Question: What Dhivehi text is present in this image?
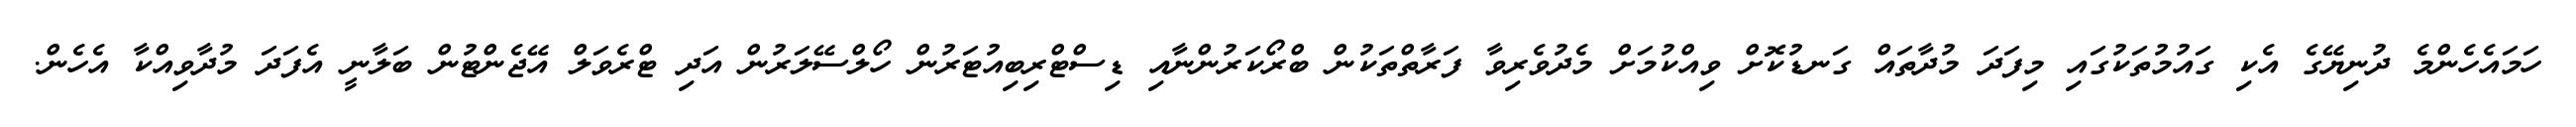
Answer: ހަމައެހެންމެ ދުނިޔޭގެ އެކި ގައުމުތަކުގައި މިފަދަ މުދާތައް ގަނޑުކޮށް ވިއްކުމަށް މެދުވެރިވާ ފަރާތްތަކުން ބްރޯކަރުންނާއި ޑިސްޓްރިބިއުޓަރުން ހޯލްސޭލަރުން އަދި ޓްރެވަލް އޭޖެންޓުން ބަލާނީ އެފަދަ މުދާވިއްކާ އެހެން.